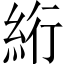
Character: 絎